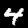
Label: 4